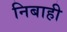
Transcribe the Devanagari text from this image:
निबाही